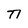
Character: n